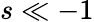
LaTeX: s\ll-1